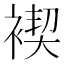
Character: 褉